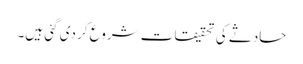
حادثے کی تحقیقات شروع کر دی گئی ہیں۔